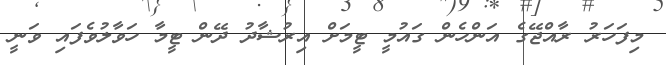
މިފަހަރު ރާއްޖޭގެ އަންހެން ގައުމީ ޓީމަށް އިރުޝާދު ދޭން ޓީމާ ހަވާލުވެފައި ވަނީ